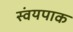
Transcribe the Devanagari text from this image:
स्वंयपाक